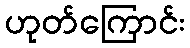
ဟုတ်ကြောင်း